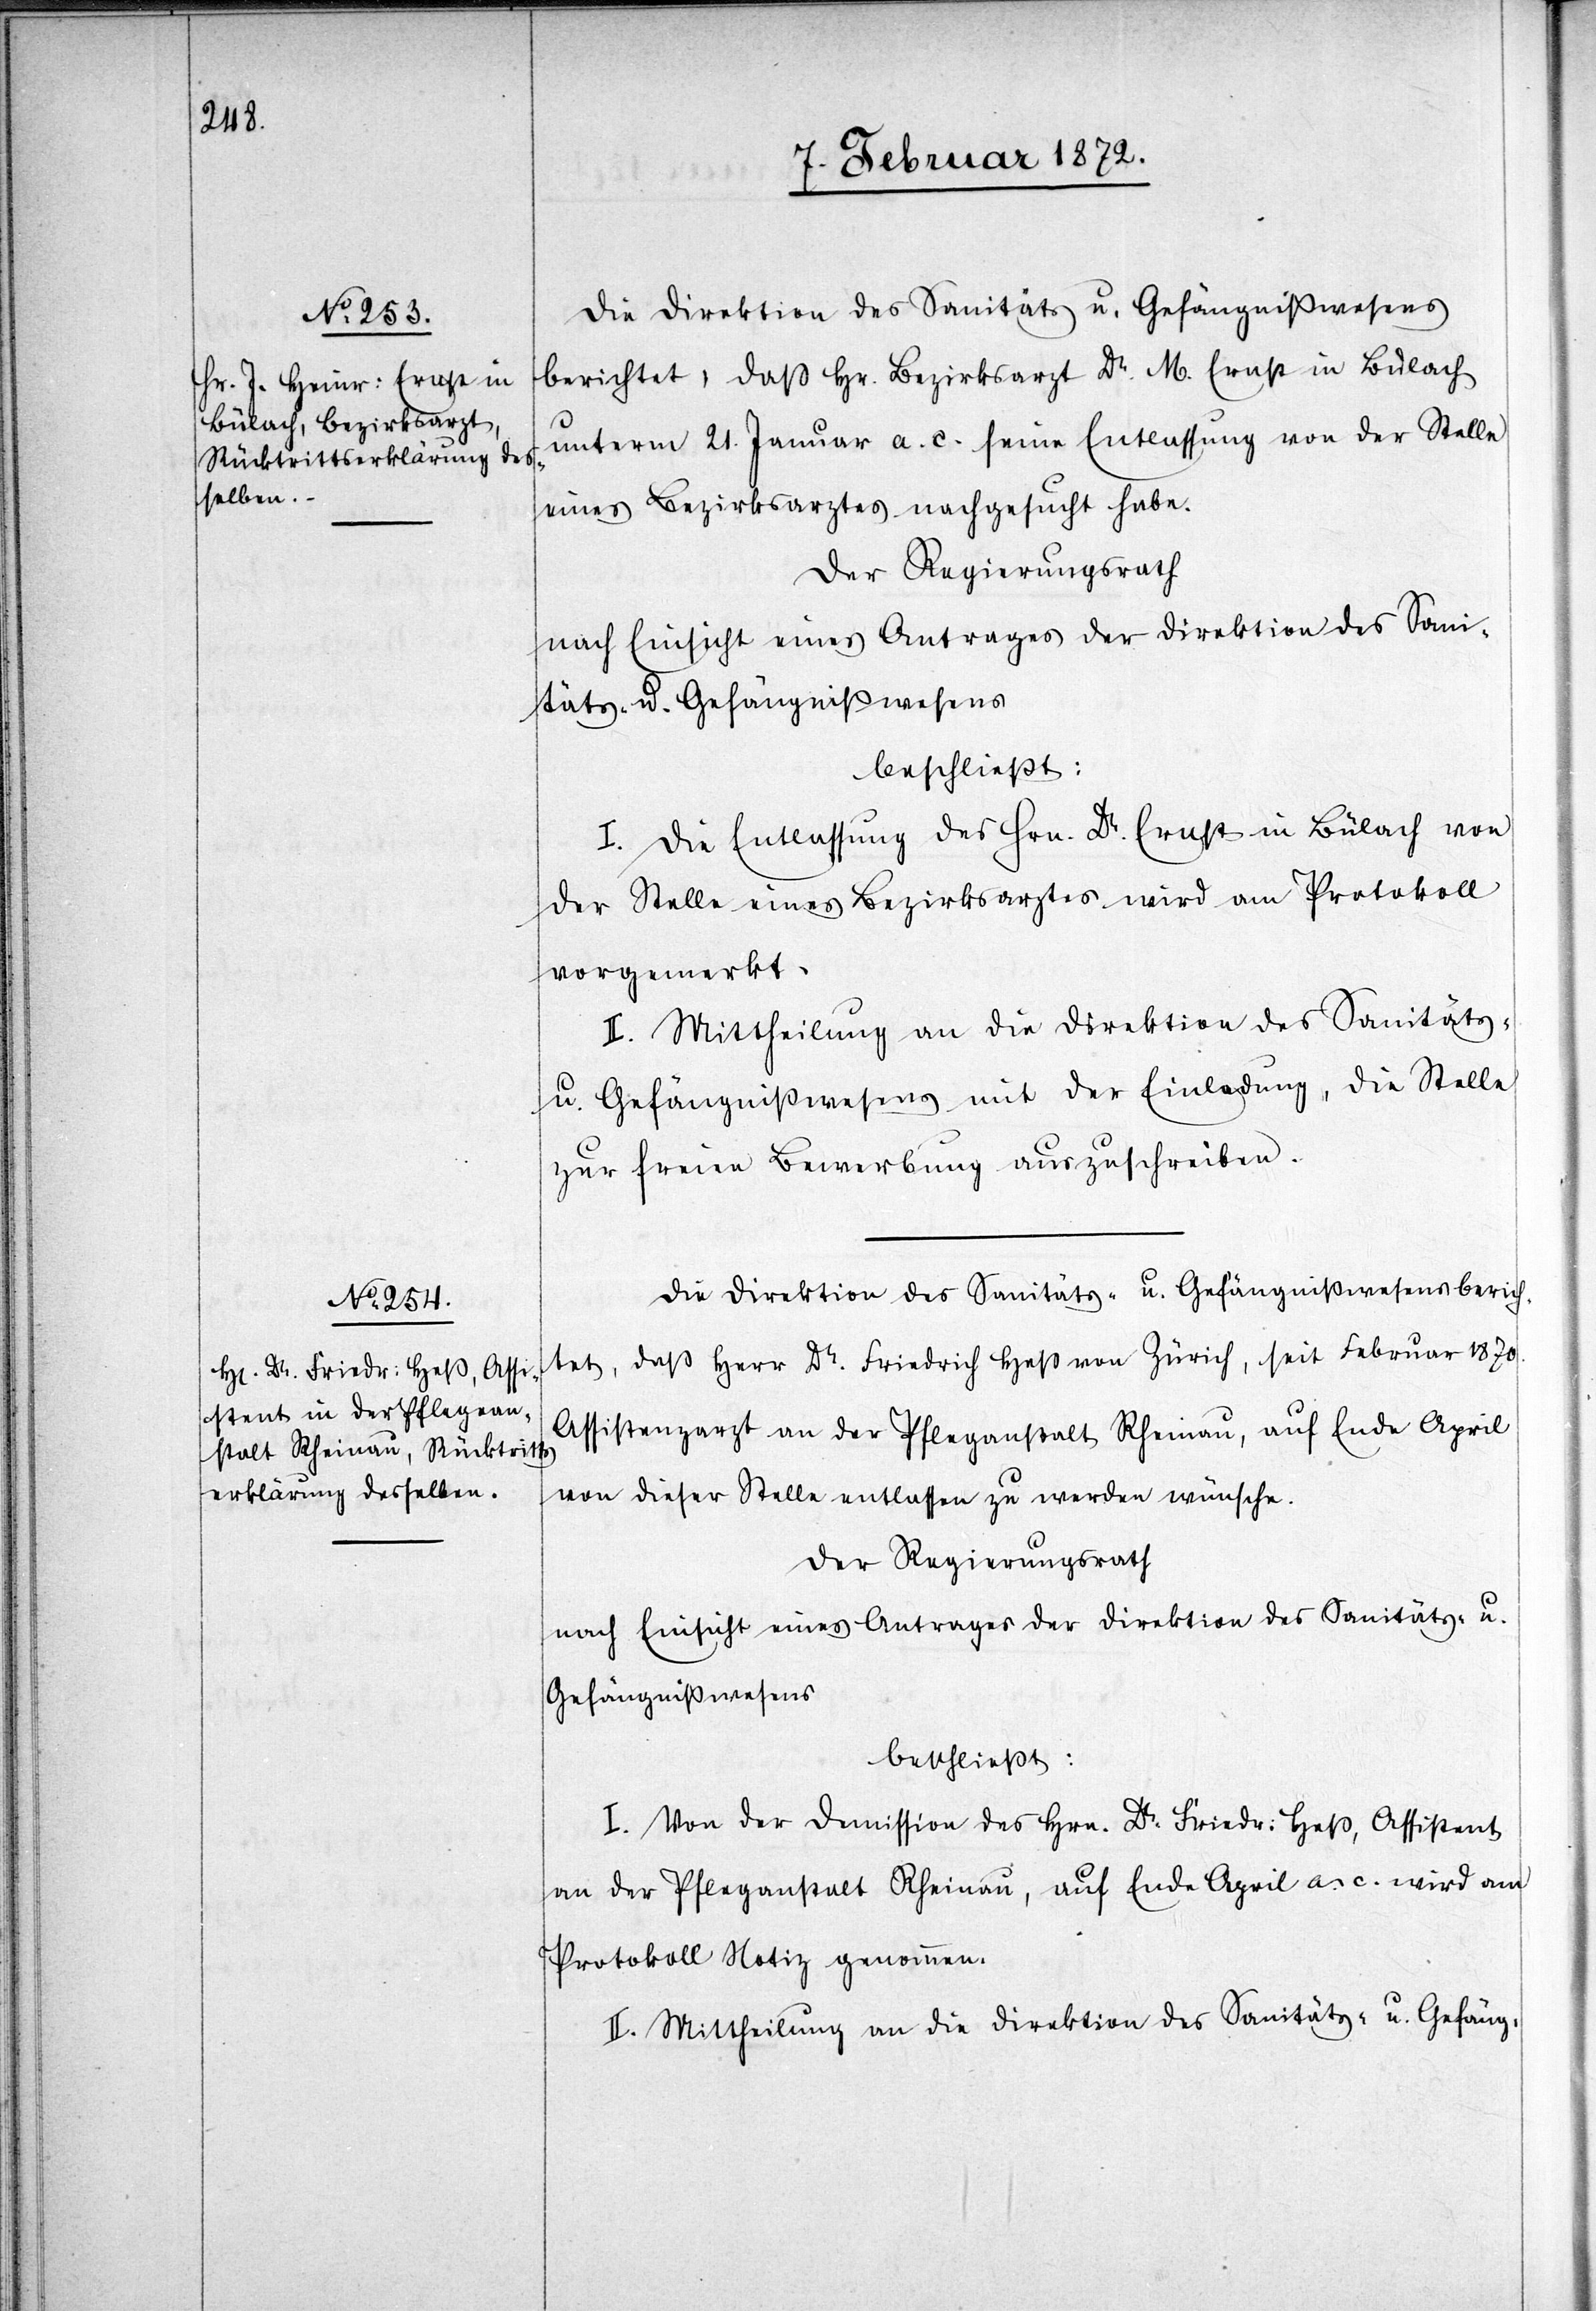
Die Direktion des Sanitäts u. Gefängnißwesens
berichtet, daß Hr. Bezirksarzt Dr. M. Ernst in Bülach
unterm 21. Januar a. c. seine Entlassung von der Stelle
eines Bezirksarztes nachgesucht habe.
Der Regierungsrath
I. Die Entlassung des Hrn. Dr. Ernst in Bülach von
der Stelle eines Bezirksarztes wird am Protokoll
vorgemerkt.
II. Mittheilung an die Direktion des Sanitäts-
u. Gefängnißwesens mit der Einladung, die Stelle
zur freien Bewerbung auszuschreiben.
Die Direktion des Sanitäts- u. Gefängnißwesens berich¬
tet, daß Herr Dr. Friedrich Heß von Zürich, seit Februar 1870.
Assistenzarzt an der Pflegeanstalt Rheinau, auf Ende April
von dieser Stelle entlassen zu werden wünsche.
Der Regierungsrath
nach Einsicht eines Antrages der Direktion des Sanitäts- u.
Gefängnißwesens
beschließt:
I. Von der Demission des Hrn. Dr. Friedr. Heß, Assistent
an der Pflegeanstalt Rheinau, auf Ende April a. c. wird am
Protokoll Notiz genommen.
II. Mittheilung an die Direktion des Sanitäts- u. Gefäng-